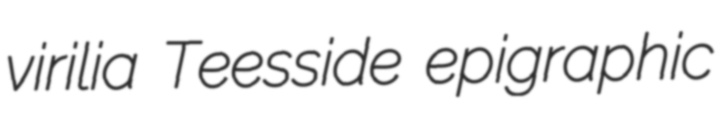
virilia Teesside epigraphic